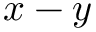
x - y